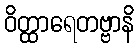
ဝိတ္ထာရေတဗ္ဗာနိ